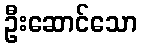
ဦးဆောင်သော